Sanitation, dispensaries and jails vaccination Rajputana 1922-1927 - 1922-1927
Year: 1922
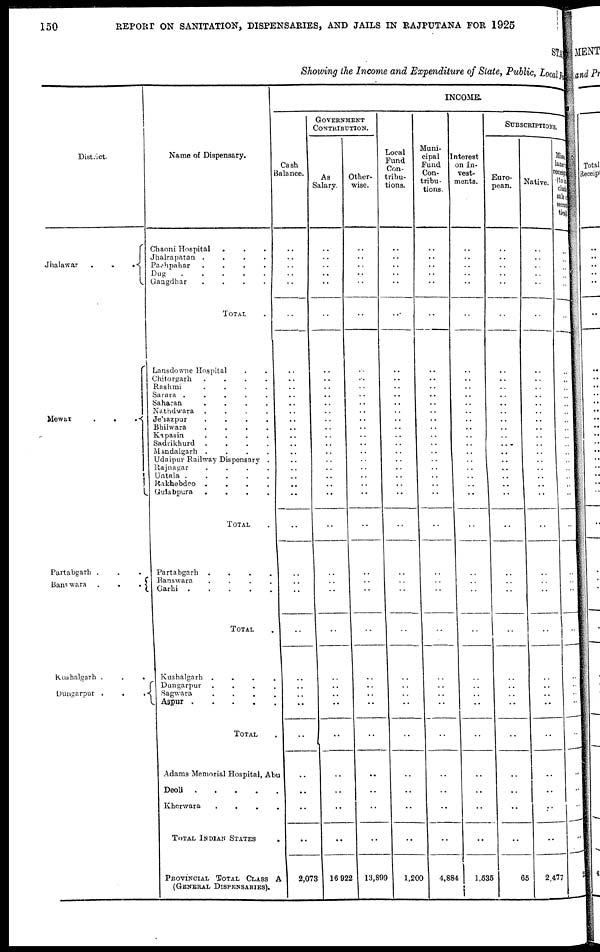
150
REPORT ON SANITATION, DISPENSARIES, AND JAILS IN RAJPUTANA FOR 1925
STATE
Showing the Income and Expenditure of State, Public, Local Fund
District.
Jhalawar
.
.
.
Mewar
.
.
.
Partabgarh .
Banswara .
.
.
Kushalgarh .
.
.
Dungarpur .
.
.
Name of Dispensary.
Chaoni Hospital . . .
Jhalrapatan .
.
.
.
Pachpahar
.
.
.
.
Dug
Gangdhar
.
.
.
.
TOTAL .
Lansdowne Hospital . .
Chitorgarh
.
.
.
.
Rashmi
.
.
.
.
Sarara .
.
.
.
.
Saharan
.
.
.
.
Nathdwara .
.
.
.
Jehazpur
.
.
.
.
Bhilwara
.
.
.
.
Kapasin
.
.
.
.
Sadrikhurd .
.
.
.
Mandalgarh .
.
.
.
Udaipur Railway Dispensary .
Rajnagar
.
.
.
.
Untala .
.
.
.
.
Rakhebdeo .
.
.
.
Gulabpura
.
.
.
.
TOTAL .
Partabgarh .
.
.
.
Banswara
.
.
.
.
Garhi .
.
.
.
.
TOTAL .
Kushalgarh .
.
.
.
Dungarpur .
.
.
.
Sagwara
.
.
.
.
Aspur
.
.
.
.
.
TOTAL .
Adams Memorial Hospital, Abu
Deoli
.
.
.
.
.
Kherwara
.
.
. .
TOTAL INDIAN STATES .
PROVINCIAL TOTAL CLASS A
(GENERAL DISPENSARIES).
INCOME.
Cash
Balance.
..
..
..
..
..
..
..
..
..
..
..
..
..
..
..
..
..
..
..
..
..
..
..
..
..
..
..
..
..
..
..
..
..
..
..
..
2,073
GOVERNMENT
CONTRIBUTION.
As
Salary.
..
..
..
..
..
..
..
..
..
..
..
..
..
..
..
..
..
..
..
..
..
..
..
..
..
..
..
..
..
..
..
..
..
..
..
..
16,922
Other-
wise.
..
..
..
..
..
..
..
..
..
..
..
..
..
..
..
..
..
..
..
..
..
..
..
..
..
..
..
..
..
..
..
..
..
..
..
..
13,899
Local
Fund
Con-
tribu-
tions.
..
..
..
..
..
..
..
..
..
..
..
..
..
..
..
..
..
..
..
..
..
..
..
..
..
..
..
..
..
..
..
..
..
..
..
..
1,200
Muni-
cipal
Fund
Con-
tribu-
tions.
..
..
..
..
..
..
..
..
..
..
..
..
..
..
..
..
..
..
..
..
..
..
..
..
..
..
..
..
..
..
..
..
..
..
..
..
4,884
Interest
on In-
vest-
ments.
..
..
..
..
..
..
..
..
..
..
..
..
..
..
..
..
..
..
..
..
..
..
..
..
..
..
..
..
..
..
..
..
..
..
..
..
1,535
SUBSCRIPTIONS.
Euro-
pean.
..
..
..
..
..
..
..
..
..
..
..
..
..
..
..
..
..
..
..
..
..
..
..
..
..
..
..
..
..
..
..
..
..
..
..
..
65
Native.
..
..
..
..
..
..
..
..
..
..
..
..
..
..
..
..
..
..
..
..
..
..
..
..
..
..
..
..
..
..
..
..
..
..
..
..
2,477
Miscel-
laneous
receipt
(to in-
clude
securi-
ties)
..
..
..
..
..
..
..
..
..
..
..
..
..
..
..
..
..
..
..
..
..
..
..
..
..
..
..
..
..
..
..
..
..
..
..
..
2